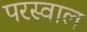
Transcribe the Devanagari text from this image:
परस्वाल